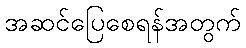
အဆင်ပြေစေရန်အတွက်